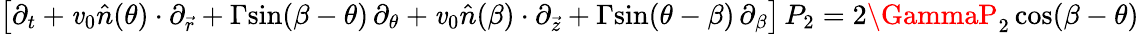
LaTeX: \big[\partial_{t}+\mathit{v}_{0}\hat{{n}}(\theta)\cdot\partial_{\vec{{r}}}+\Gamma\mathrm{{sin}}(\beta-\theta)\, \partial_{\theta}+\mathit{v}_{0}\hat{{n}}(\beta)\cdot\partial_{\vec{{z}}}+\Gamma\mathrm{{sin}}(\theta-\beta)\, \partial_{\beta}\big]\, P_{2}=2\GammaP_{2}\, \mathrm{{cos}}(\beta-\theta)